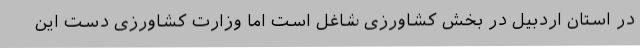
در استان اردبیل در بخش کشاورزی شاغل است اما وزارت کشاورزی دست این